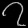
Digit: ၇